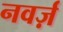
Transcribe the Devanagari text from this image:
नवर्ज़